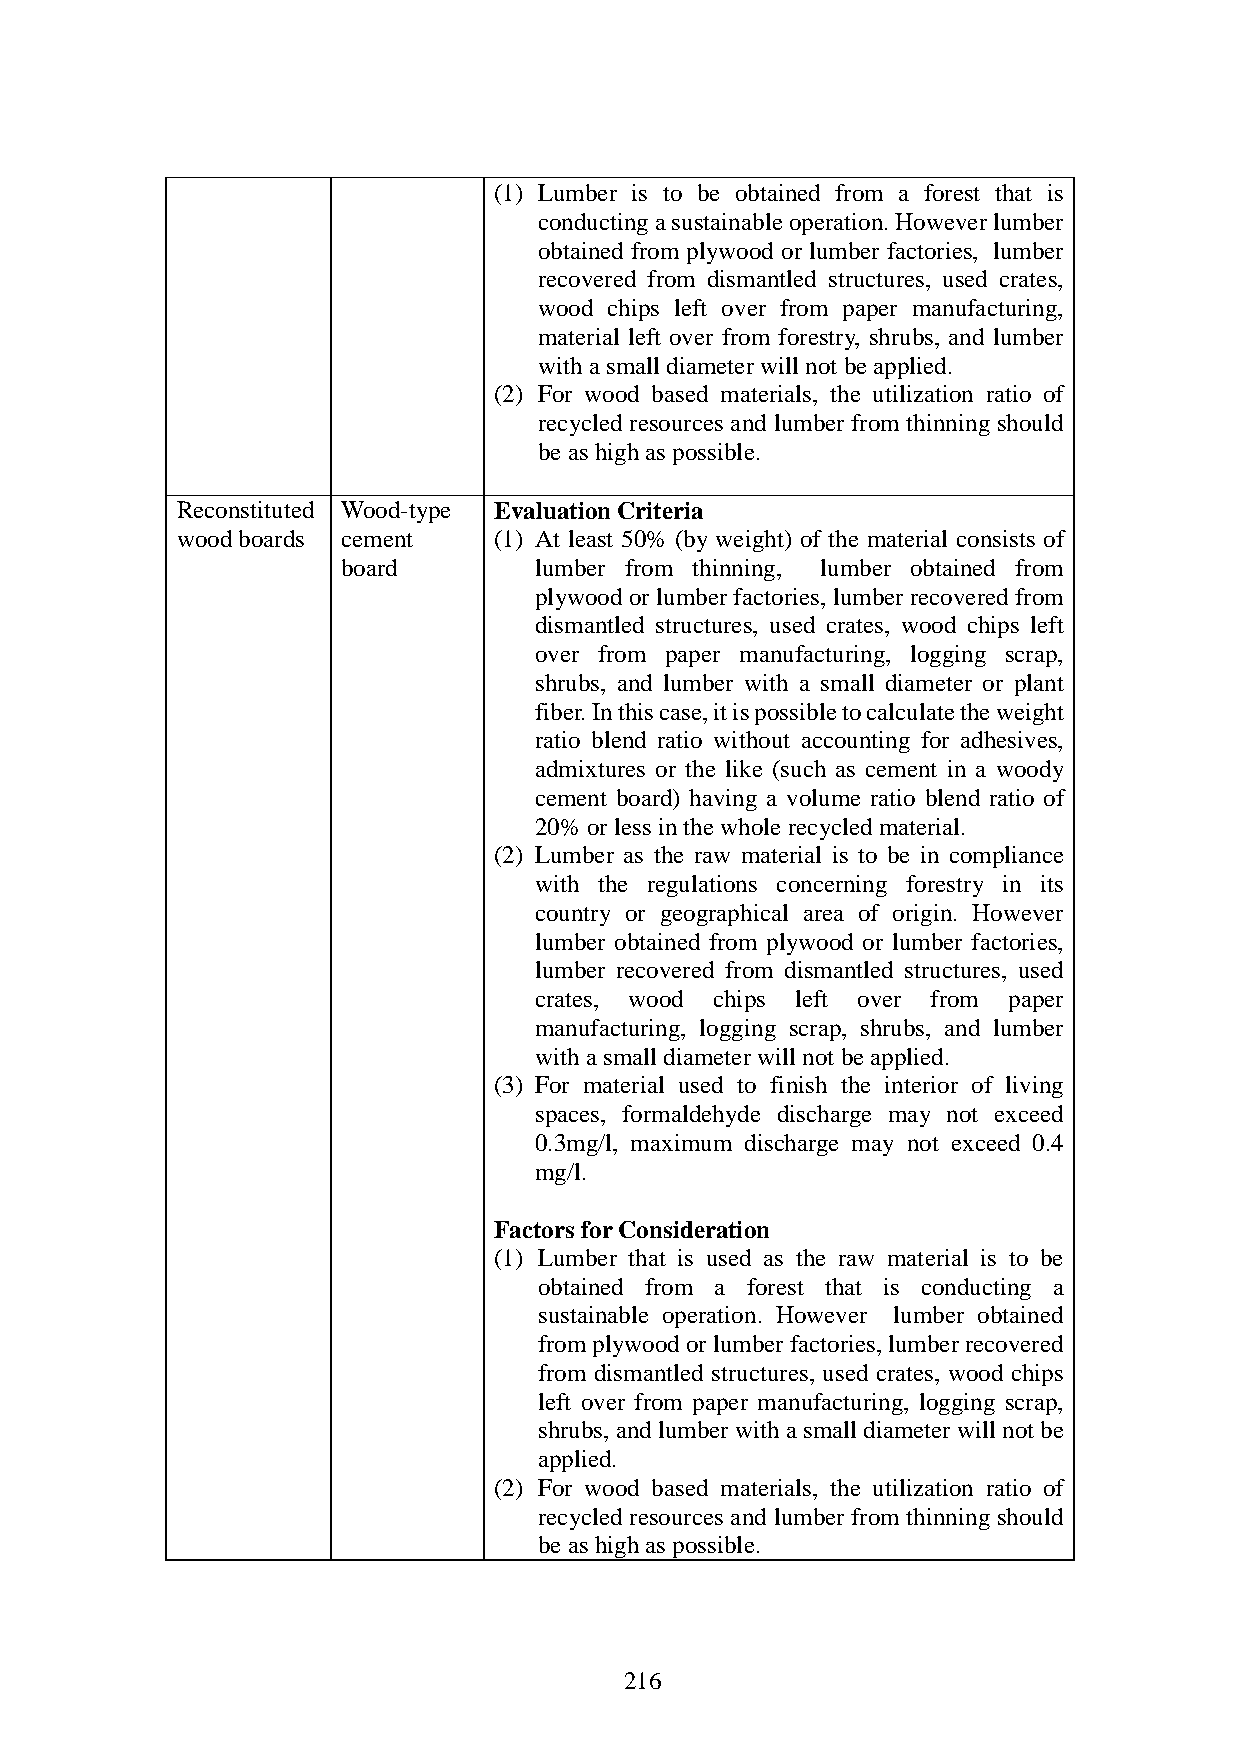
(1) Lumber is to be obtained from a forest that is
 conducting a sustainable operation. However lumber
 obtained from plywood or lumber factories, lumber
 recovered from dismantled structures, used crates,
 wood chips left over from paper manufacturing,
 material left over from forestry, shrubs, and lumber
 with a small diameter will not be applied.
 (2) For wood based materials, the utilization ratio of
 recycled resources and lumber from thinning should
 be as high as possible.
 Reconstituted Wood-type Evaluation Criteria
 wood boards cement   (1) At least 50% (by weight) of the material consists of
 board       lumber from thinning, lumber obtained from
 plywood or lumber factories, lumber recovered from
 dismantled structures, used crates, wood chips left
 over from paper manufacturing, logging scrap,
 shrubs, and lumber with a small diameter or plant
 fiber. In this case, it is possible to calculate the weight
 ratio blend ratio without accounting for adhesives,
 admixtures or the like (such as cement in a woody
 cement board) having a volume ratio blend ratio of
 20% or less in the whole recycled material.
 (2) Lumber as the raw material is to be in compliance
 with the regulations concerning forestry in its
 country or geographical area of origin. However
 lumber obtained from plywood or lumber factories,
 lumber recovered from dismantled structures, used
 crates, wood chips left over from paper
 manufacturing, logging scrap, shrubs, and lumber
 with a small diameter will not be applied.
 (3) For material used to finish the interior of living
 spaces, formaldehyde discharge may not exceed
 0.3mg/l, maximum discharge may not exceed 0.4
 mg/l.
 Factors for Consideration
 (1) Lumber that is used as the raw material is to be
 obtained from a forest that is conducting a
 sustainable operation. However lumber obtained
 from plywood or lumber factories, lumber recovered
 from dismantled structures, used crates, wood chips
 left over from paper manufacturing, logging scrap,
 shrubs, and lumber with a small diameter will not be
 applied.
 (2) For wood based materials, the utilization ratio of
 recycled resources and lumber from thinning should
 be as high as possible.
 216